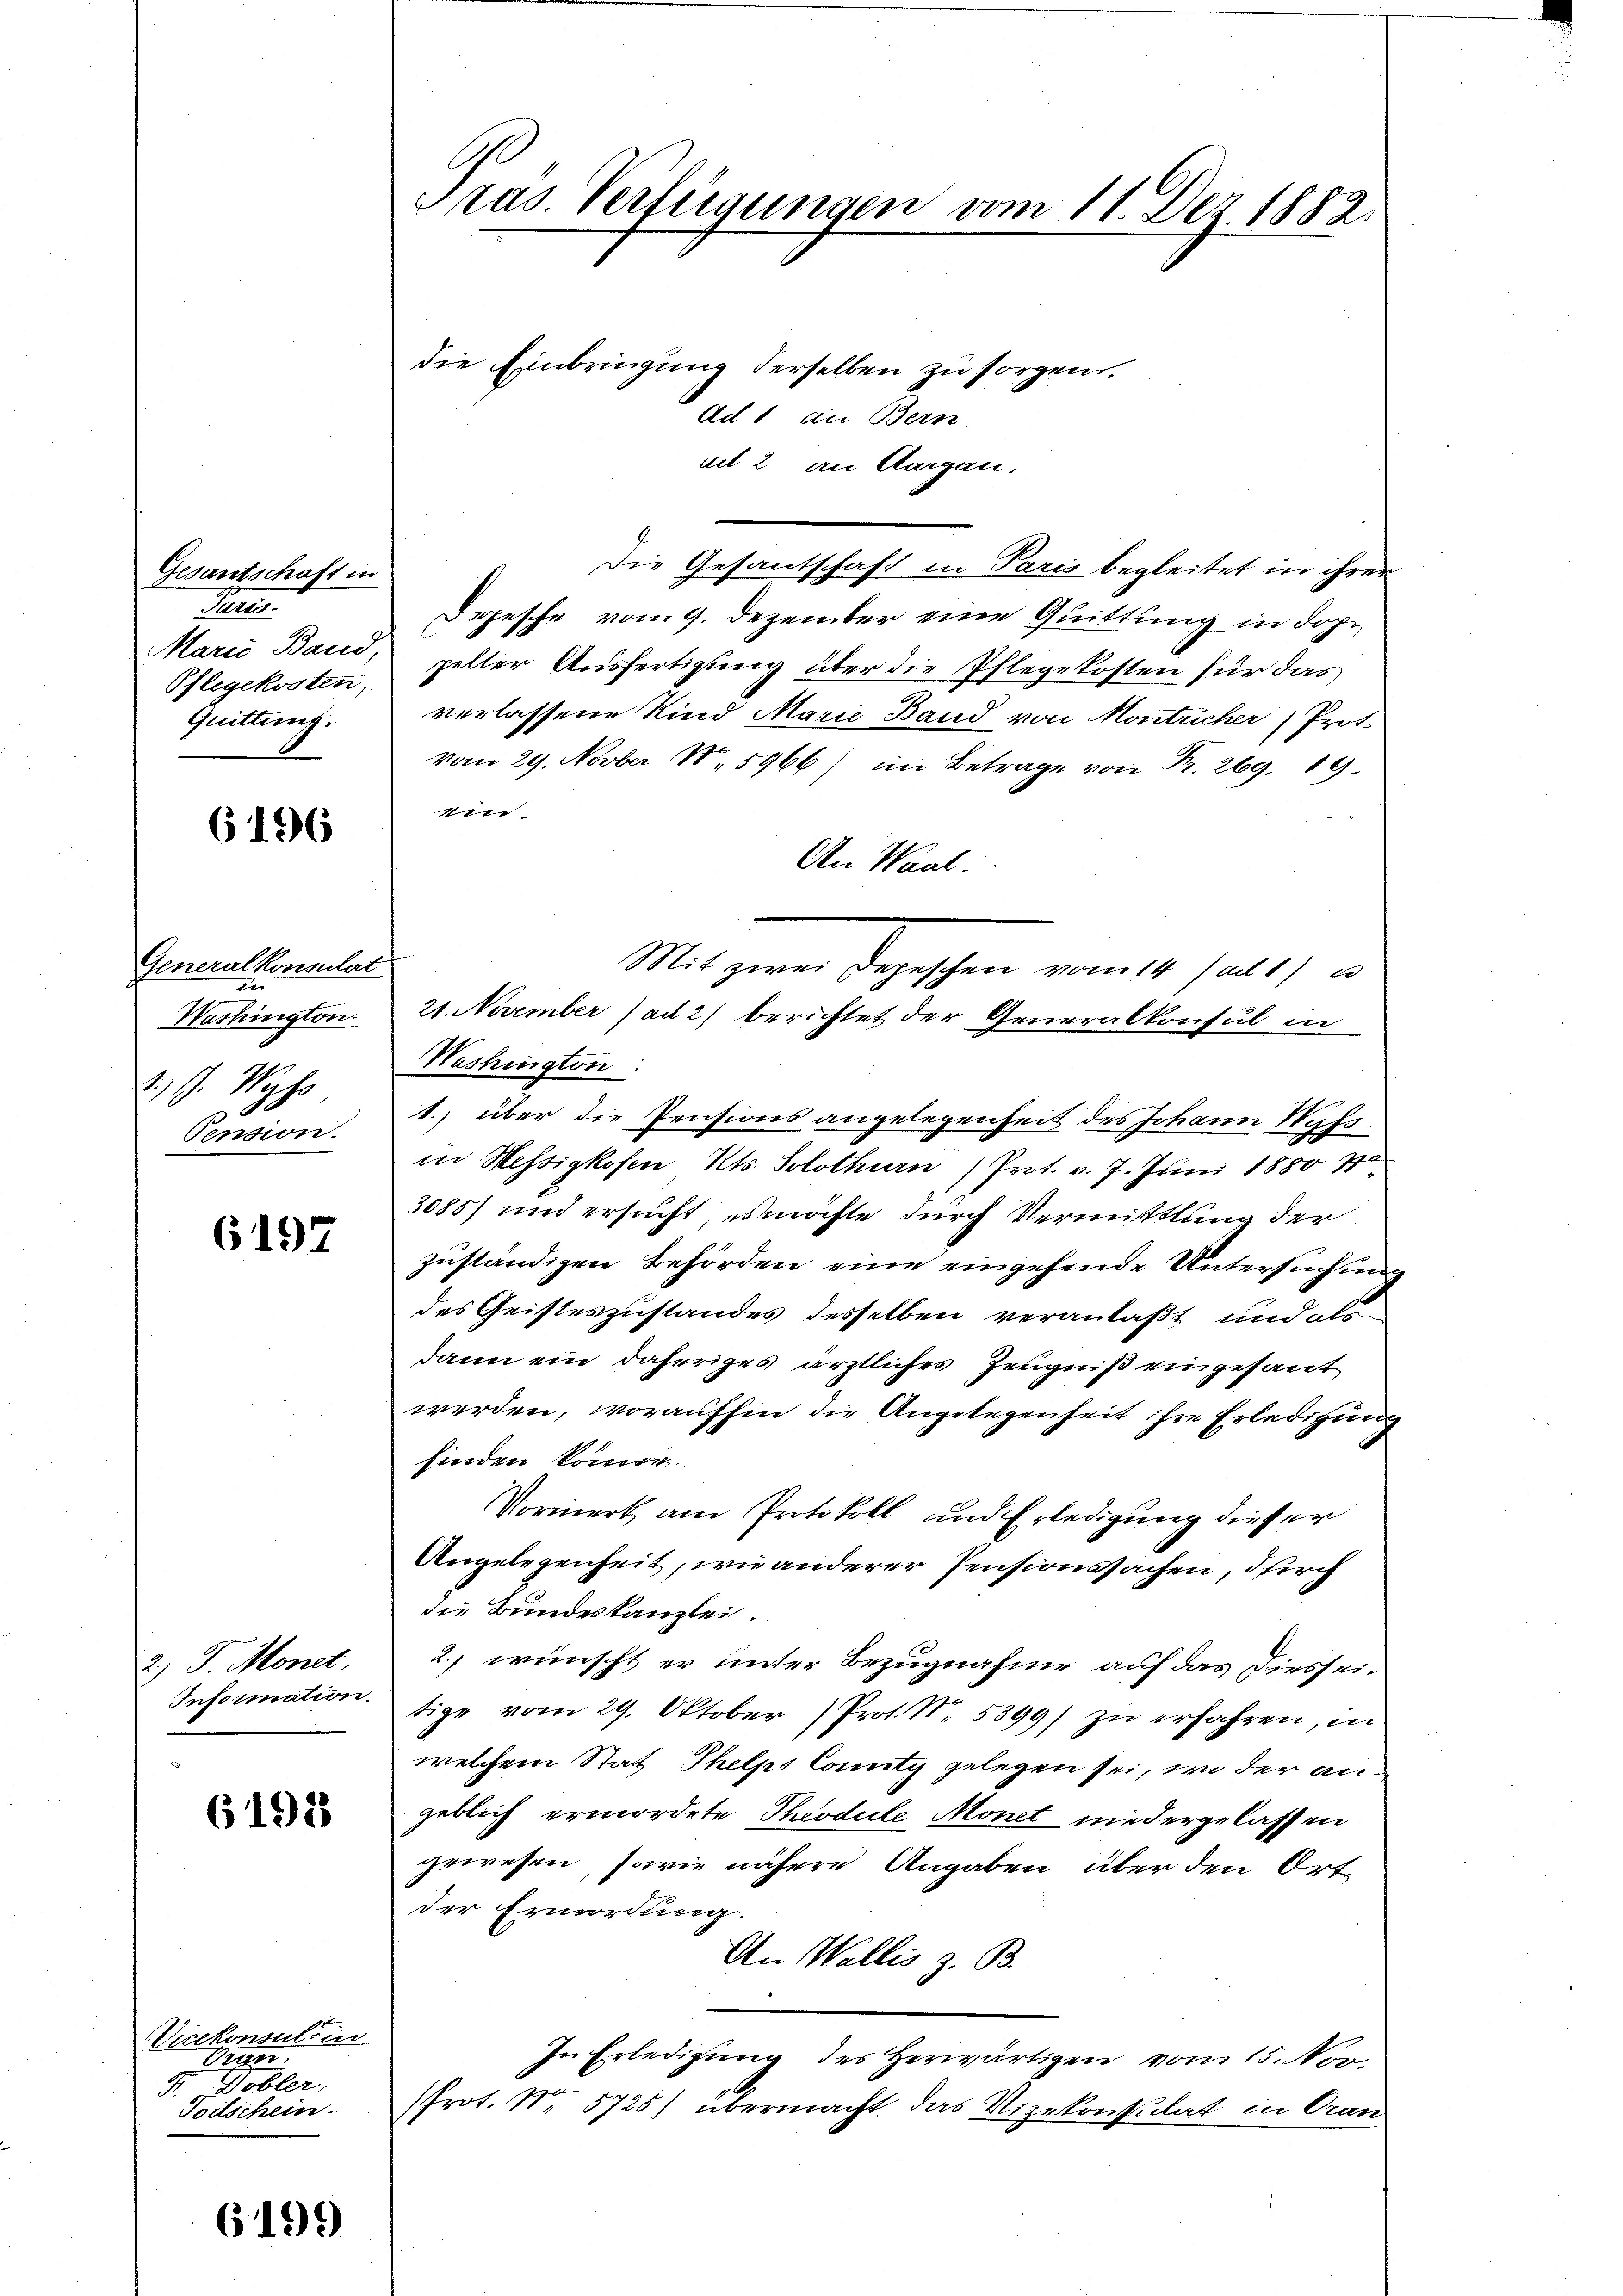
Gesantschaft in
Paris.
Marie Band,
Pflegekosten,
Quittung.

6196

Generalkonsulat
en
Washington.
1.) J. Wyss
Pension.

6197

2.) J. Monet
Information.

6193

Vicekonsulti
Pran
F Dobler,
Toilschein

6199

E
Tras Verfügungen vom 11. Dez. 1882.

die Einbringung derselben zu sorgen.
Ad 1 an Bern
mit 2 an Aargau.
Die Gesantschaft in Paris begleitet in ihrer
Depesche vom 9. Dezember eine Quittung in doppelter Ausfertigung über die Pflegekosten für das
verlassene Kind Marie Band von Montricher (Prot.
vom 29. Novber 185966) in Betrage von Fr. 269. 19.
111.
An Waat:
e
Mit zwei Depeschen vom 14. ad 1) u
21. November (ad 2) berichtet der Generalkonsul in
Washington:
1., über die Pensionsangelegenheit des Johann Nass
in Messigkofen, Kts. Solothurn) Prot. v. 7. Juni 1880 z
3085) und ersucht, es möchte durch Vermittlung der
zuständigen Behörden eine eingehende Untersuchung
des Geisteszustandes desselben veranlaßt und als
dann ein daheriges ärztliches Zeugniß eingesant
werden, woraufhin die Angelegenheit ihre Erledigung
finden könne.
Vormerk am Protokoll und Erledigung dieser
Angelegenheit, wie anderer Pensionssachen, Pirch
die Bundeskanzlei.
2.) wünscht er unter Bezugnahme auf das Diesseitige vom 29. Oktober (Prot. N. 5399) zu erfahren, in
welchem Stat Thelps Comity gelegen sei, wo der angeblich ermordete Theodule Monet niedergelassen
gewesen, sowie nähere Angaben über den Ortder Ermordung.
An Wallis z. B.
In Erledigung des Herwärtigen vom 15. Nov.
Prot. Nr. 5725) übermacht, das Vizekonsulat in Oran